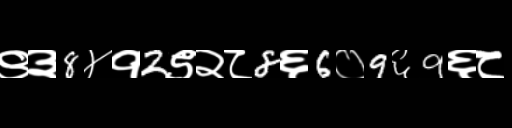
Text: ९३8४१2९२८8६6०9६9६८